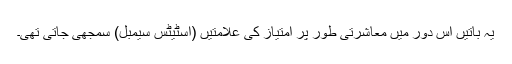
یہ باتیں اس دور میں معاشرتی طور پر امتیاز کی علامتیں (اسٹیٹس سیمبل) سمجھی جاتی تھی۔